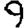
Digit: 9